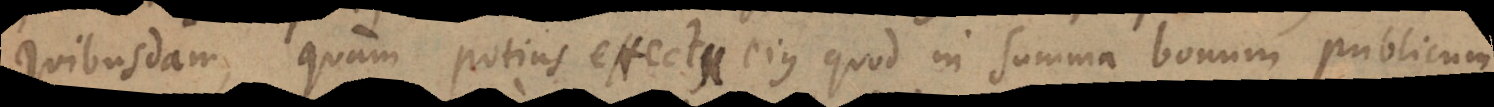
quibusdam, quam potius effectu ejus quod in summa bonum generale